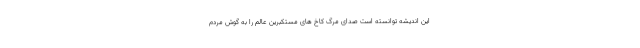
این اندیشه توانسته است صدای مرگ کاخ های مستکبرین عالم را به گوش مردم